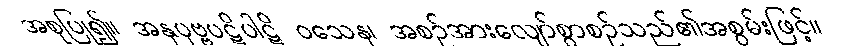
အစုပြု၍။ အနုပုဗ္ဗပဋိပါဋိ ဝသေန၊ အစဉ်အားလျော်စွာစဉ်သည်၏အစွမ်းဖြင့်။